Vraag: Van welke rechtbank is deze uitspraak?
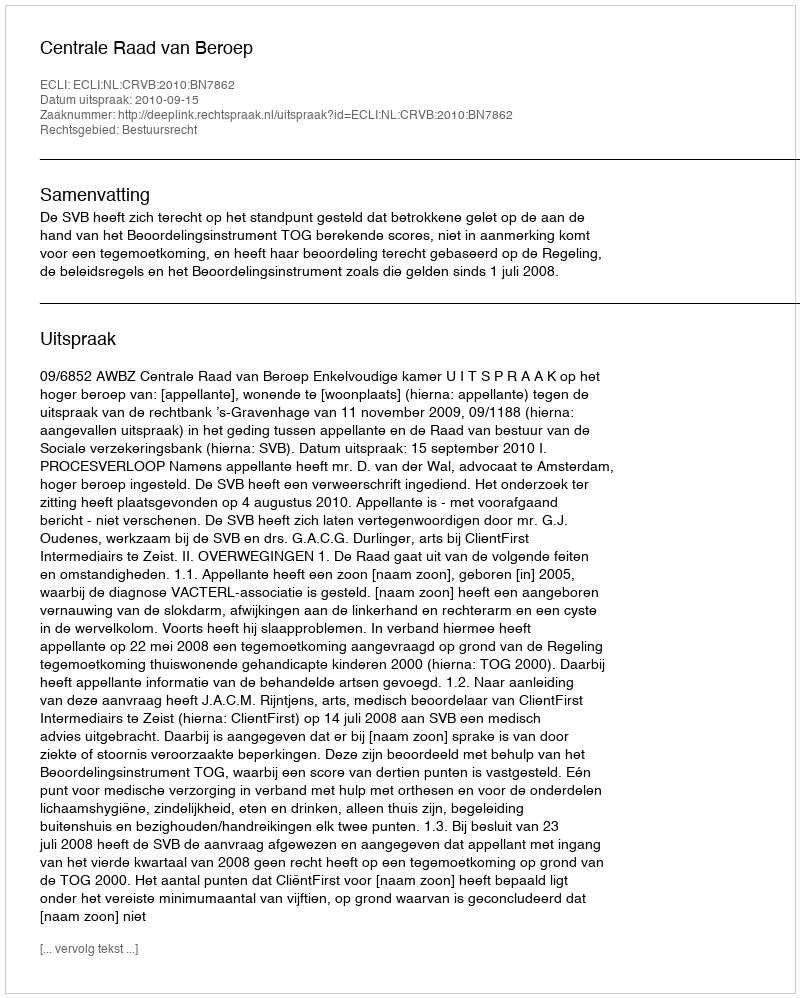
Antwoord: Centrale Raad van Beroep